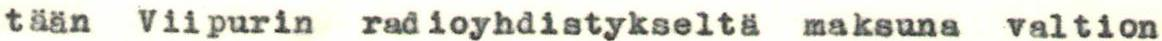
tään Viipurin radioyhdistykseltä maksuna valtion